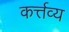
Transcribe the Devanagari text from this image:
कर्त्तव्‍य